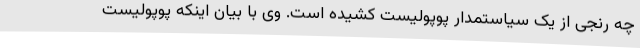
چه رنجی از یک سیاستمدار پوپولیست کشیده است. وی با بیان اینکه پوپولیست